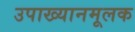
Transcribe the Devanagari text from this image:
उपाख्यानमूलक